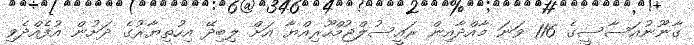
ގާނޫނުއަސާސީގެ 116 ވަނަ މާއްދާއިން ރައީސުލްޖުމްހޫރިއްޔާ އަށް ލިބިދޭ އިހުތިޔާރުގެ ދަށުން އުފެއްދެވި